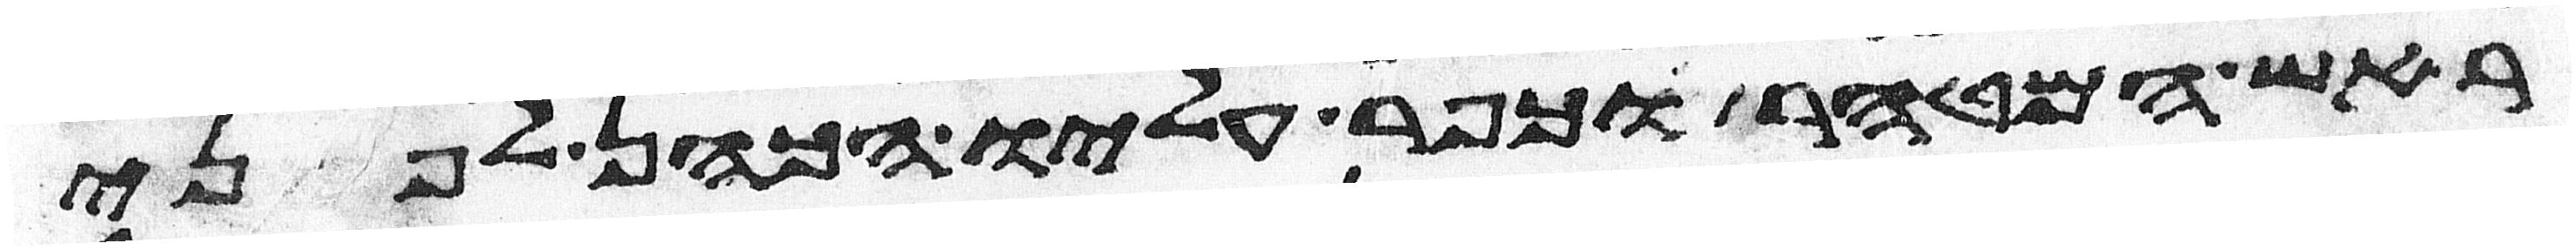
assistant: ראש המטהר וכפר עליו הכהן לפני